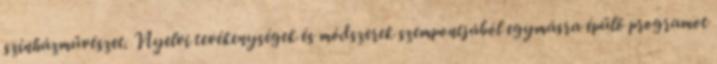
színházművészet. Nyelvi tevékenységek és módszerek szempontjából egymásra épülő programot